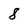
Character: 8